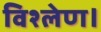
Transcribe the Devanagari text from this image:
विश्लेण।